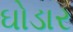
ઘોડાર